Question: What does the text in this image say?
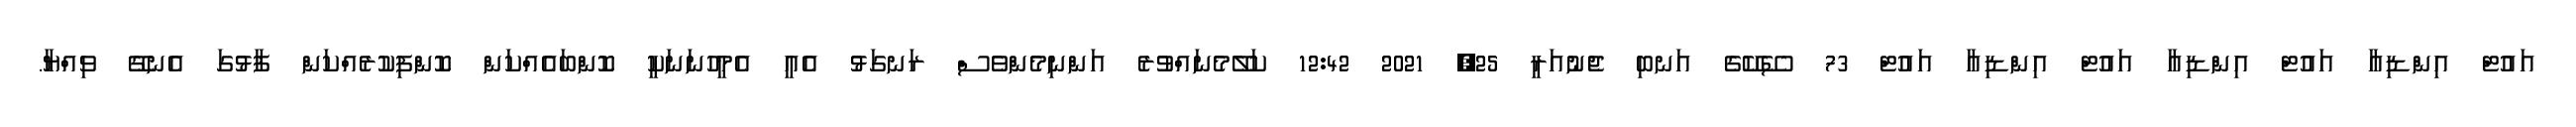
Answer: އައުޓް އިންޑިއާ އައުޓް އިންޑިއާ އައުޓް އިންޑިއާ އައުޓް 73 ސޭކޭގެ އަނބި ޖެނުއަރީ 25, 2021 12:42 ކަލޭމެނައްވުރެ އަންނިމެންވެސް ރަނގަޅު އެއީ އެމީހުނަނަކީ ކޮންބައެއްކަން ކޮންފިކުރެއްކަން ފާޅުގަ އެނގޭ ވިއްޔާ.